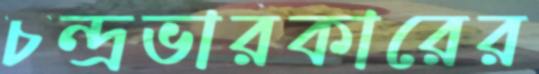
চন্দ্রভারকারের